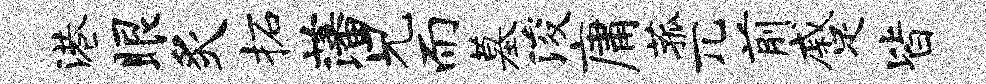
港眼炙柘藩兄而墓浚庸菰兀前蹙皆